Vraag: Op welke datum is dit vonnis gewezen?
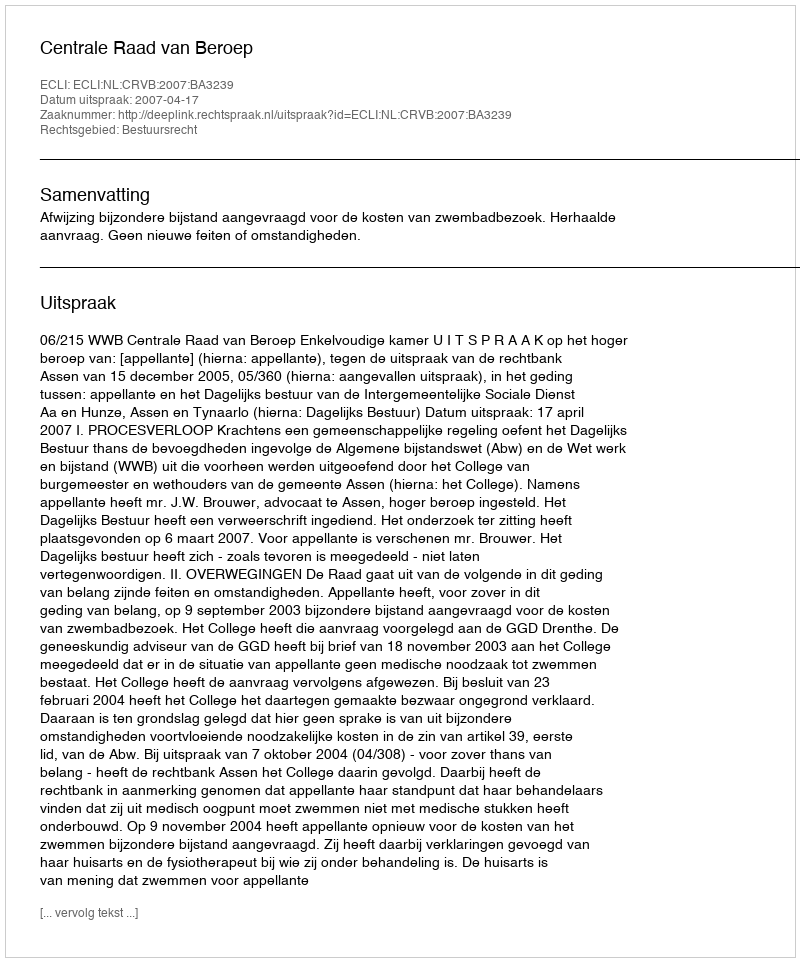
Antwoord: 2007-04-17